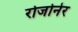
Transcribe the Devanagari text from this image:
रोजोनेर